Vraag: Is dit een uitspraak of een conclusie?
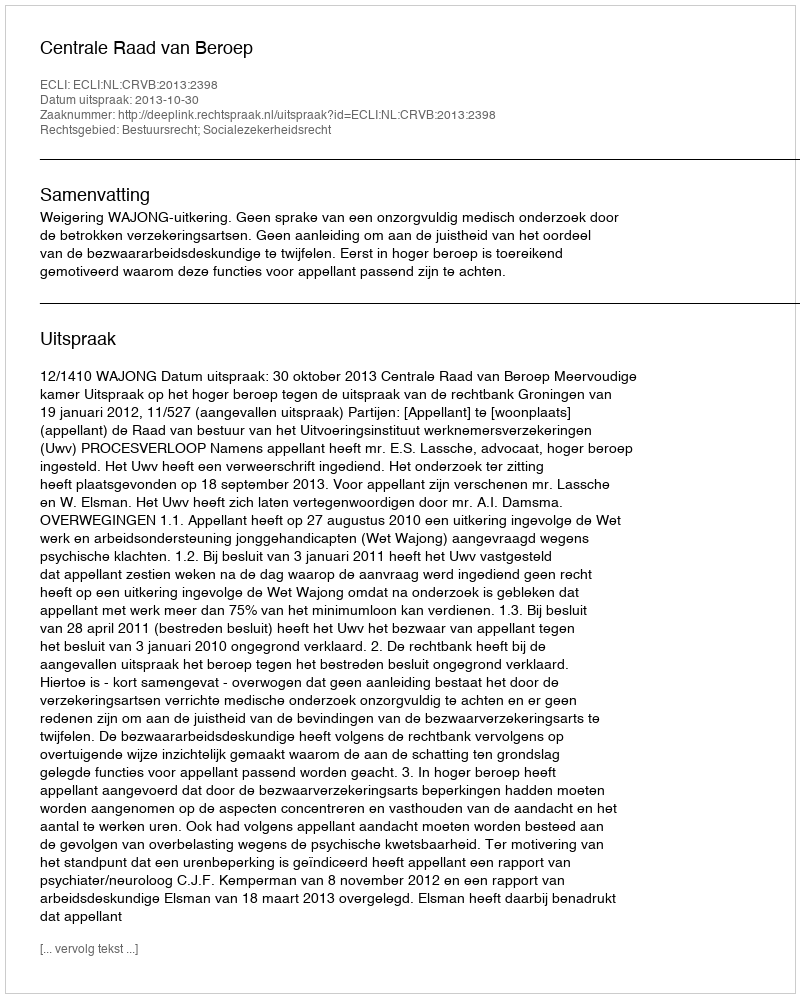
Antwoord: Uitspraak